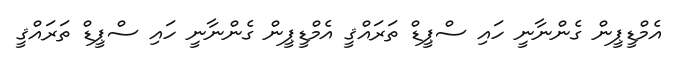
އެމްޑީޕީން ގެންނާނީ ހައި ސްޕީޑް ތަރައްޤީ އެމްޑީޕީން ގެންނާނީ ހައި ސްޕީޑް ތަރައްޤީ